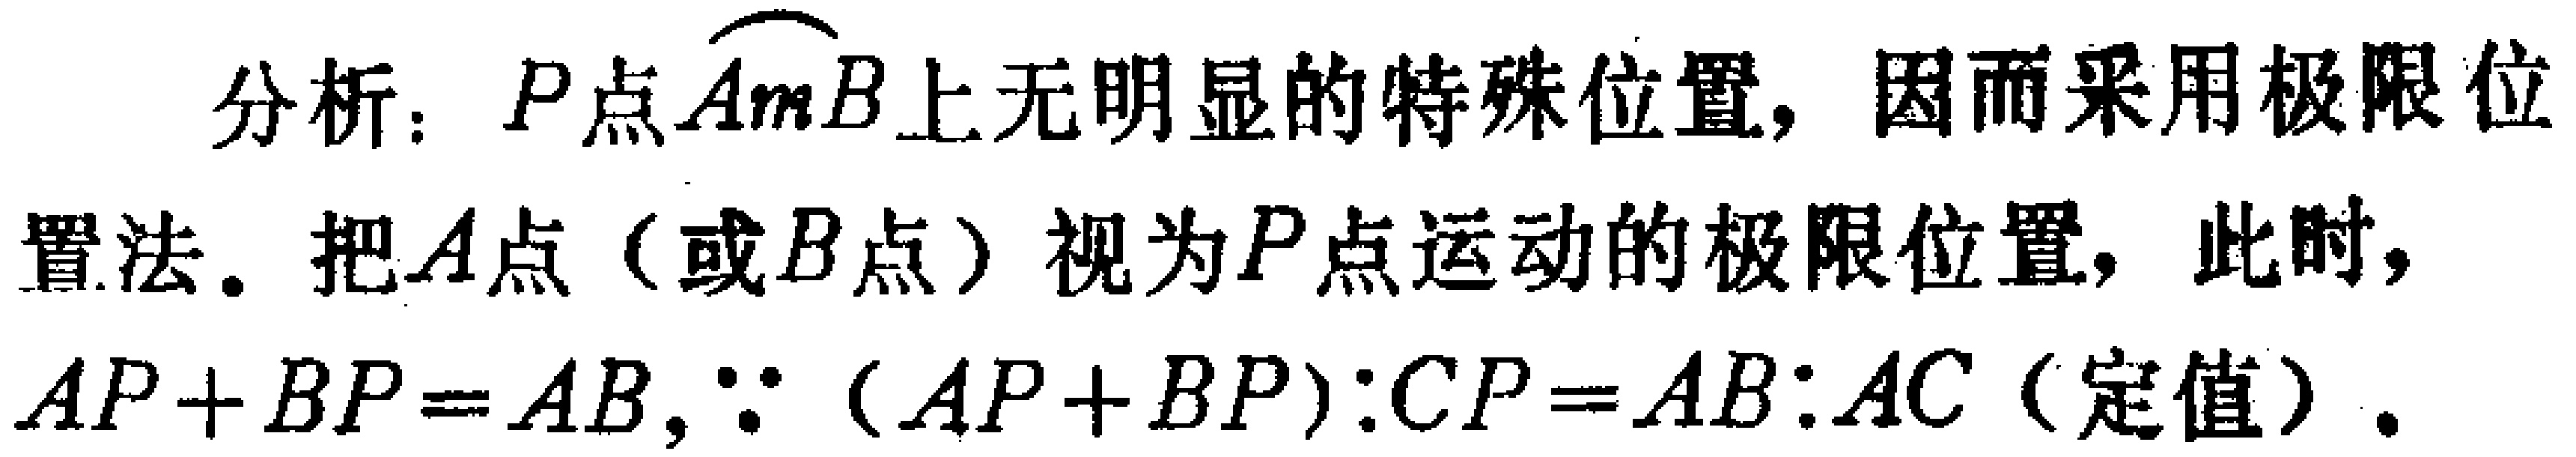
分析：\(P\)点\(\overset{\frown}{AmB}\)上无明显的特殊位置，因而采用极限位置法。把\(A\)点（或\(B\)点）视为\(P\)点运动的极限位置，此时，\(AP + BP = AB\)，\(\because (AP + BP):CP = AB:AC\)（定值）。